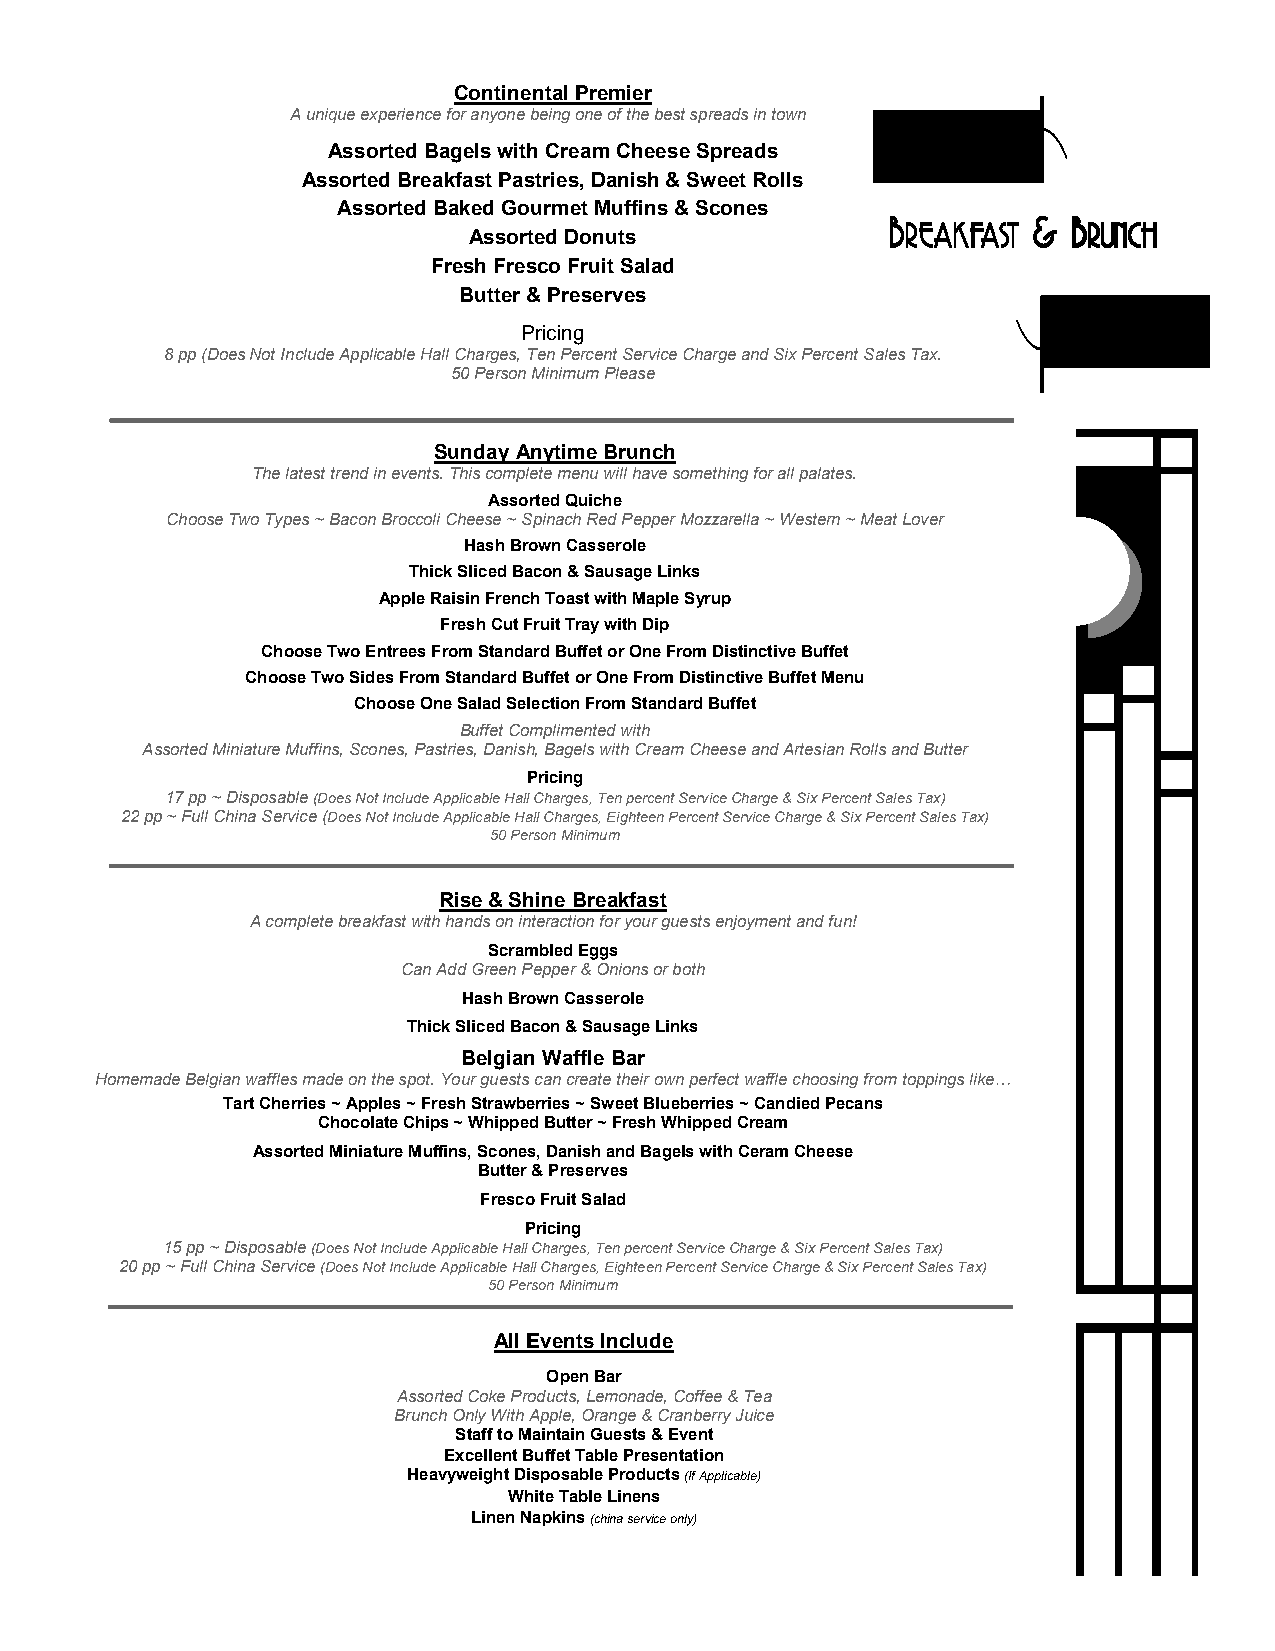
Continental Premier
 A unique experience for anyone being one of the best spreads in town
 Assorted Bagels with Cream Cheese Spreads
 Assorted Breakfast Pastries, Danish & Sweet Rolls
 Assorted Baked Gourmet Muffins & Scones
 BBBB     &&&& BBBB
 RRRREEEEAAAAKKKKFFFFAAAASSSSTTTT RRRRUUUUNNNNCCCCHHHH
 Assorted Donuts
 Fresh Fresco Fruit Salad
 Butter & Preserves
 Pricing
 8 pp (Does Not Include Applicable Hall Charges, Ten Percent Service Charge and Six Percent Sales Tax.
 50 Person Minimum Please
 Sunday Anytime Brunch
 The latest trend in events. This complete menu will have something for all palates.
 Assorted Quiche
 Choose Two Types ~ Bacon Broccoli Cheese ~ Spinach Red Pepper Mozzarella ~ Western ~ Meat Lover
 Hash Brown Casserole
 Thick Sliced Bacon & Sausage Links
 Apple Raisin French Toast with Maple Syrup
 Fresh Cut Fruit Tray with Dip
 Choose Two Entrees From Standard Buffet or One From Distinctive Buffet
 Choose Two Sides From Standard Buffet or One From Distinctive Buffet Menu
 Choose One Salad Selection From Standard Buffet
 Buffet Complimented with
 Assorted Miniature Muffins, Scones, Pastries, Danish, Bagels with Cream Cheese and Artesian Rolls and Butter
 Pricing
 17 pp ~ Disposable (Does Not Include Applicable Hall Charges, Ten percent Service Charge & Six Percent Sales Tax)
 22 pp ~ Full China Service (Does Not Include Applicable Hall Charges, Eighteen Percent Service Charge & Six Percent Sales Tax)
 50 Person Minimum
 Rise & Shine Breakfast
 A complete breakfast with hands on interaction for your guests enjoyment and fun!
 Scrambled Eggs
 Can Add Green Pepper & Onions or both
 Hash Brown Casserole
 Thick Sliced Bacon & Sausage Links
 Belgian Waffle Bar
 Homemade Belgian waffles made on the spot. Your guests can create their own perfect waffle choosing from toppings like…
 Tart Cherries ~ Apples ~ Fresh Strawberries ~ Sweet Blueberries ~ Candied Pecans
 Chocolate Chips ~ Whipped Butter ~ Fresh Whipped Cream
 Assorted Miniature Muffins, Scones, Danish and Bagels with Ceram Cheese
 Butter & Preserves
 Fresco Fruit Salad
 Pricing
 15 pp ~ Disposable (Does Not Include Applicable Hall Charges, Ten percent Service Charge & Six Percent Sales Tax)
 20 pp ~ Full China Service (Does Not Include Applicable Hall Charges, Eighteen Percent Service Charge & Six Percent Sales Tax)
 50 Person Minimum
 All Events Include
 Open Bar
 Assorted Coke Products, Lemonade, Coffee & Tea
 Brunch Only With Apple, Orange & Cranberry Juice
 Staff to Maintain Guests & Event
 Excellent Buffet T able Presentation
 Heavyweight Disposable Products (If Applicable)
 White Tab le Linens
 Linen Napkins (china service only)